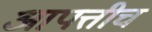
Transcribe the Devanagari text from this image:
आपत्तीच